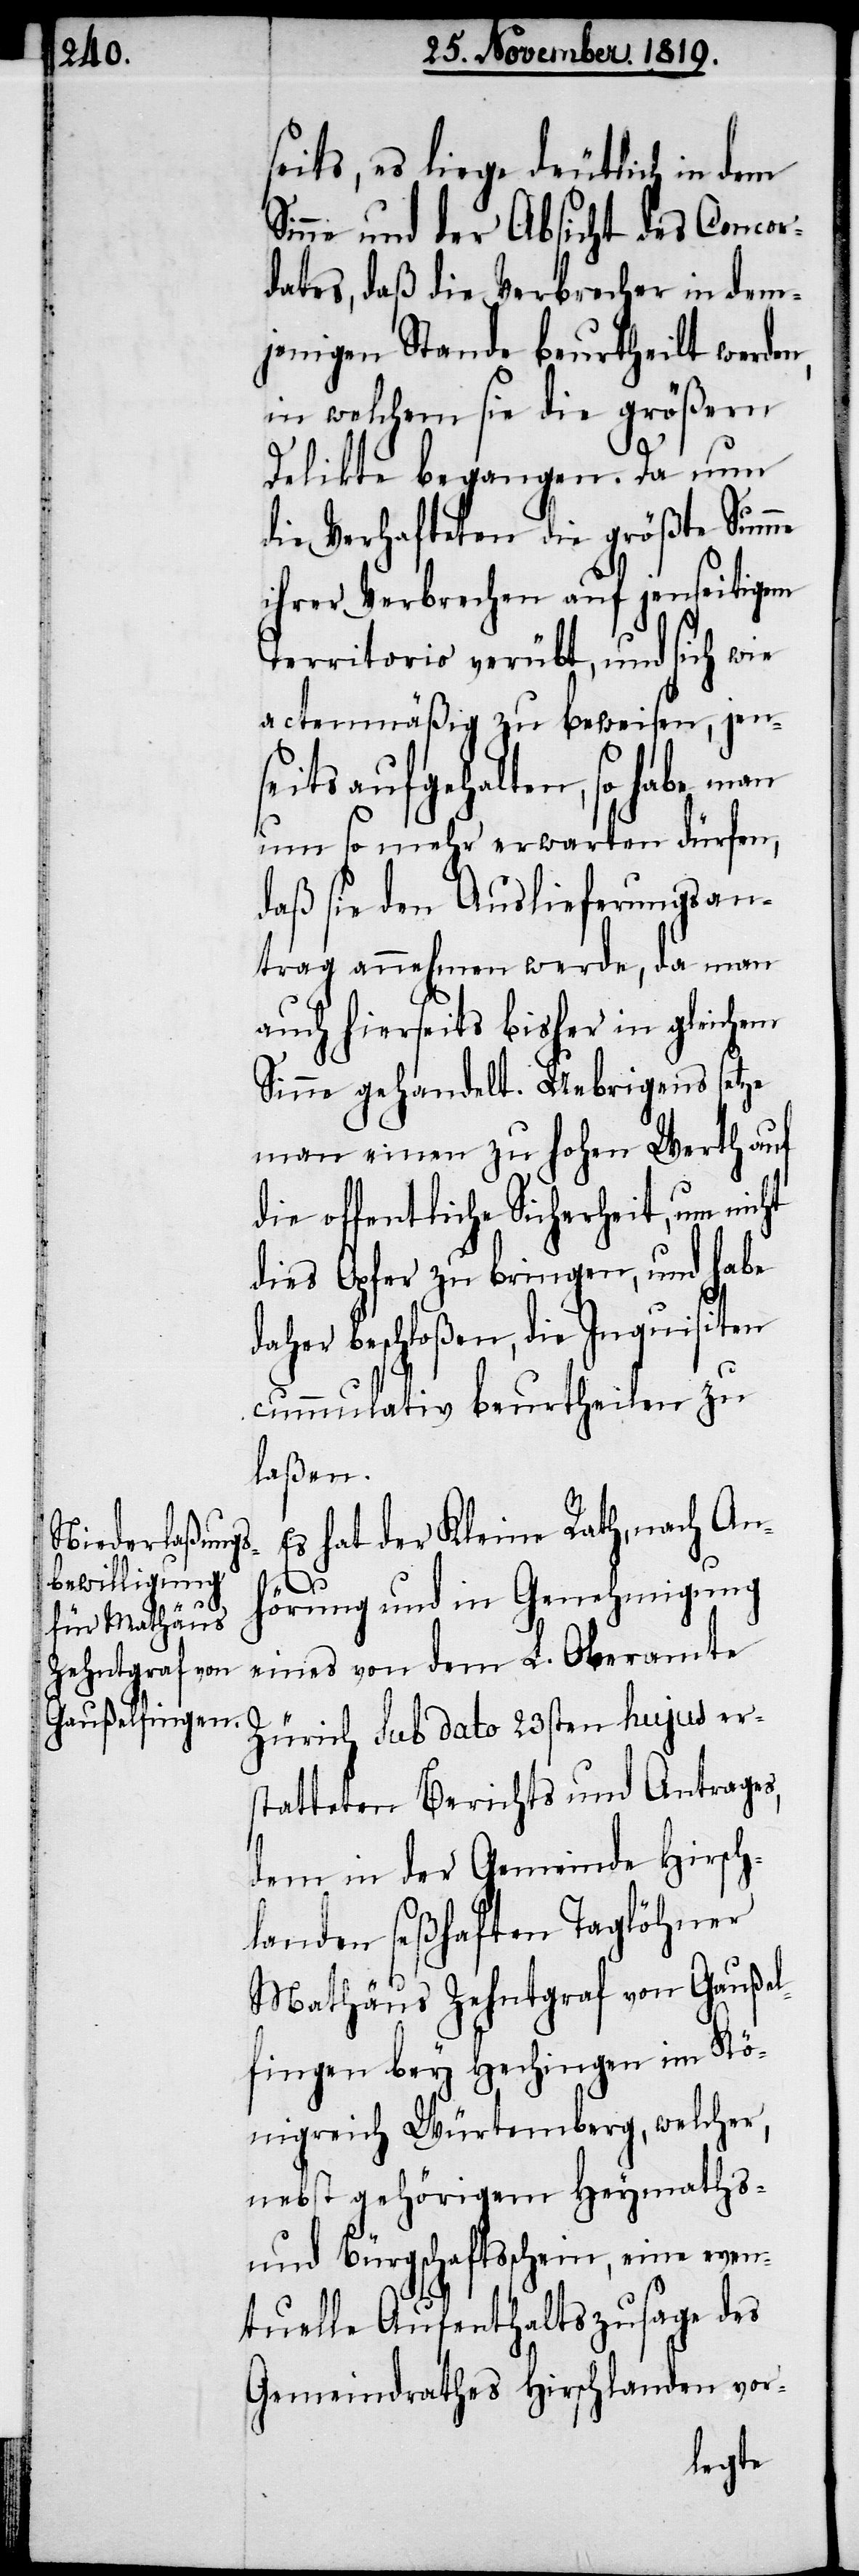
seits, es liege deutlich in dem
Sinne und der Absicht des Concor¬
dates, daß die Verbrecher in dem¬
jenigen Stande beurtheilt werden,
in welchem sie die größern
Delikte begangen. Da nun
die Verhafteten die größte Summe
ihrer Verbrechen auf jenseitigem
Territorio verübt, und sich wie
actenmäßig zu beweisen, jen¬
seits aufgehalten, so habe man
um so mehr erwarten dürfen,
daß sie den Auslieferungsan¬
trag annehmen werde, da man
auch hierseits bisher in gleichem
Sinne gehandelt. Uebrigens setze
man einen zu hohen Werth auf
die offentliche Sicherheit, um nicht
dies Opfer zu bringen, und habe
daher beschloßen, die Inquisiten
cumulativ beurtheilen zu
laßen.
Es hat der Kleine Rath, nach An¬
hörung und in Genehmigung
eines von dem L. Oberamte
Zürich sub dato 23sten hujus er¬
statteten Berichts und Antrages,
dem in der Gemeinde Hirsch¬
landen seßhaften Taglöhner
Mathäus Zehntgraf von Gaußel¬
fingen bey Hechingen im Kö¬
nigreich Würtemberg, welcher,
nebst gehörigem Heymaths-
und Bürgschaftsschein, eine even¬
tuelle Aufenthaltszusage des
Gemeindrathes Hirschladen vor-